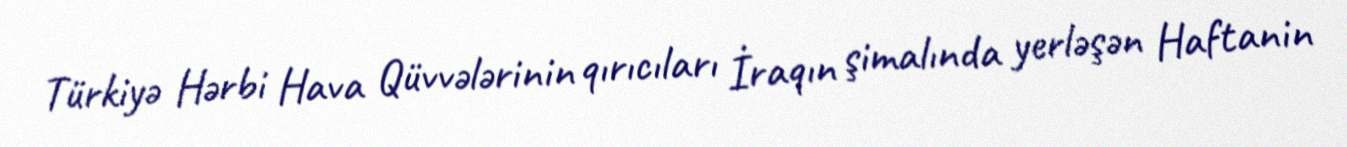
Türkiyə Hərbi Hava Qüvvələrinin qırıcıları İraqın şimalında yerləşən Haftanin